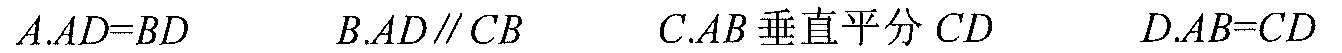
\(A.AD = BD\)  \(\qquad B.AD\parallel CB\)  \(\qquad C.AB\)垂直平分 \(CD\)  \(\qquad D.AB = CD\)